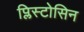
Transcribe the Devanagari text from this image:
प्लिस्टोसिन